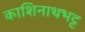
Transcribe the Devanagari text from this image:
काशिनाथभट्ट